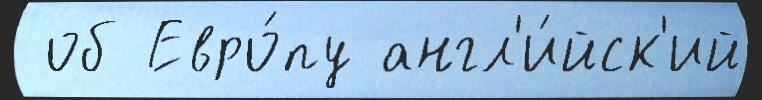
 об Евро́пу англ'и́йск'ий